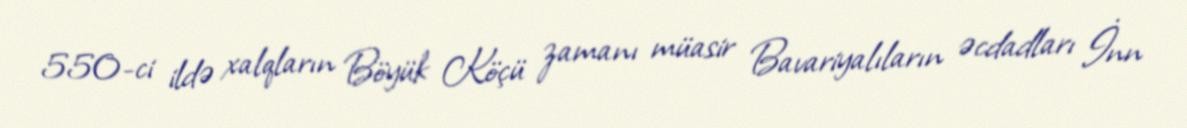
550-ci ildə xalqların Böyük Köçü zamanı müasir Bavariyalıların əcdadları İnn